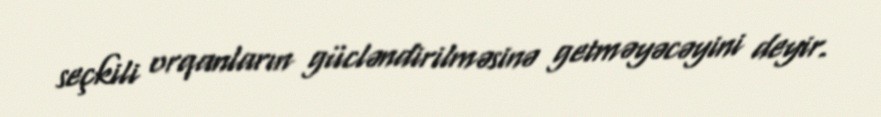
seçkili orqanların gücləndirilməsinə getməyəcəyini deyir.